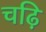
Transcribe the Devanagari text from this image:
चढ़ि